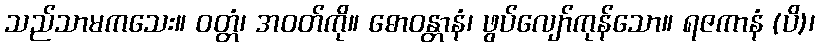
သည်သာမကသေး။ ဝတ္တံ၊ အဝတ်ကို။ ဓောဝန္တာနံ၊ ဖွပ်လျော်ကုန်သော။ ရဇကာနံ (ပိ)၊